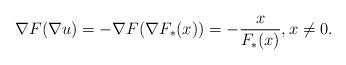
LaTeX: \begin{align*}\nabla F(\nabla u)=-\nabla F(\nabla F_*(x))=-\frac{x}{F_*(x)},x\not=0.\end{align*}